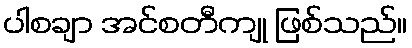
ပါစချာ အင်စတီကျု ဖြစ်သည်။